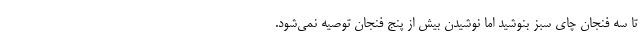
تا سه فنجان چای سبز بنوشید اما نوشیدن بیش از پنج فنجان توصیه نمی‌شود.